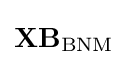
\mathbf {X} \mathbf {B} _{\text{BNM}}